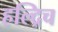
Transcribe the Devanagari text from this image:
हल्द्रिच